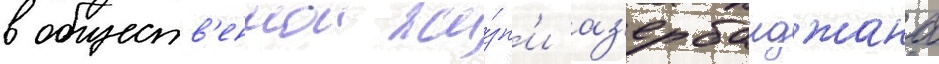
в обществ'еннои жи́зн'и аз'ербаиджана